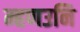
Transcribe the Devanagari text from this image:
म्हणउनि